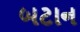
બટાન